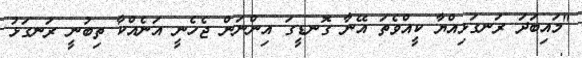
"މައިބަދަ ރަނގަޅިއްޔާ ކީއްވެތަ އޭނާ ގޮނޑީގަ އިންނަން ޖެހެނީ އަނެއްކާ ތިބުނީ ރަނގަޅު